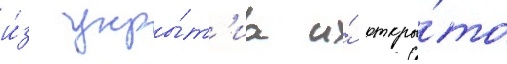
и́з укры́т'иа и́ откры́то